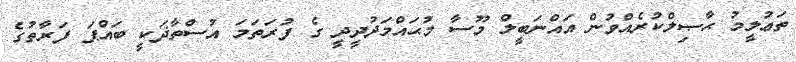
ތަޢުލީމު ޙާޞިލްކުރެއްވުން އައްނަބީލް މޫސާ މުޙައްމަދުދީދީ ގެ ފުރަތަމަ އުސްތާޛަކީ ބައްޕަ ފަރާތުގެ